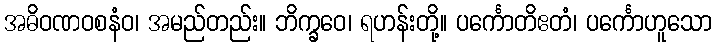
အဓိဝဏဝစနံဝ၊ အမည်တည်း။ ဘိက္ခဝေ၊ ရဟန်းတို့။ ပင်္ကောတိဧတံ၊ ပင်္ကောဟူသော